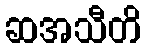
ဆအသီတိ